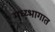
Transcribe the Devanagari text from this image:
मध्य्भागात